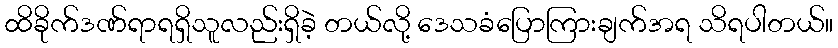
ထိခိုက်ဒဏ်ရာရရှိသူလည်းရှိခဲ့ တယ်လို့ ဒေသခံပြောကြားချက်အရ သိရပါတယ်။